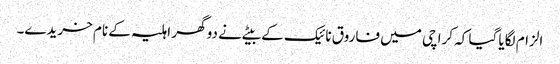
الزام لگایا گیا کہ کراچی میں فاروق نائیک کے بیٹے نے دو گھر اہلیہ کے نام خریدے۔